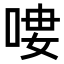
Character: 𠶭